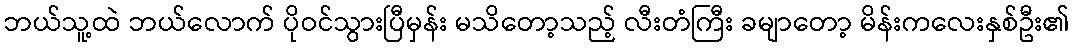
ဘယ်သူ့ထဲ ဘယ်လောက် ပိုဝင်သွားပြီမှန်း မသိတော့သည့် လီးတံကြီး ခမျာတော့ မိန်းကလေးနှစ်ဦး၏